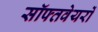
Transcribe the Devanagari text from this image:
सॉफ्तवेयरों